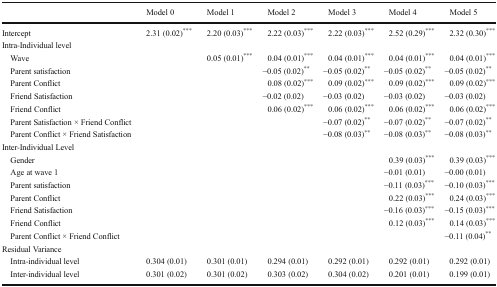
<table><thead><tr><td></td><td><b>Model 0</b></td><td><b>Model 1</b></td><td><b>Model 2</b></td><td><b>Model 3</b></td><td><b>Model 4</b></td><td><b>Model 5</b></td></tr></thead><tbody><tr><td>Intercept</td><td>2.31 (0.02)<sup>***</sup></td><td>2.20 (0.03)<sup>***</sup></td><td>2.22 (0.03)<sup>***</sup></td><td>2.22 (0.03)<sup>***</sup></td><td>2.52 (0.29)<sup>***</sup></td><td>2.32 (0.30)<sup>***</sup></td></tr><tr><td colspan="7">Intra-Individual level</td></tr><tr><td> Wave</td><td></td><td>0.05 (0.01)<sup>***</sup></td><td>0.04 (0.01)<sup>***</sup></td><td>0.04 (0.01)<sup>***</sup></td><td>0.04 (0.01)<sup>***</sup></td><td>0.04 (0.01)<sup>***</sup></td></tr><tr><td> Parent satisfaction</td><td></td><td></td><td>−0.05 (0.02)<sup>**</sup></td><td>−0.05 (0.02)<sup>**</sup></td><td>−0.05 (0.02)<sup>**</sup></td><td>−0.05 (0.02)<sup>**</sup></td></tr><tr><td> Parent Conflict</td><td></td><td></td><td>0.08 (0.02)<sup>***</sup></td><td>0.09 (0.02)<sup>***</sup></td><td>0.09 (0.02)<sup>***</sup></td><td>0.09 (0.02)<sup>***</sup></td></tr><tr><td> Friend Satisfaction</td><td></td><td></td><td>−0.02 (0.02)</td><td>−0.03 (0.02)</td><td>−0.03 (0.02)</td><td>−0.03 (0.02)</td></tr><tr><td> Friend Conflict</td><td></td><td></td><td>0.06 (0.02)<sup>***</sup></td><td>0.06 (0.02)<sup>***</sup></td><td>0.06 (0.02)<sup>***</sup></td><td>0.06 (0.02)<sup>***</sup></td></tr><tr><td> Parent Satisfaction × Friend Conflict</td><td></td><td></td><td></td><td>−0.07 (0.02)<sup>**</sup></td><td>−0.07 (0.02)<sup>**</sup></td><td>−0.07 (0.02)<sup>**</sup></td></tr><tr><td> Parent Conflict × Friend Satisfaction</td><td></td><td></td><td></td><td>−0.08 (0.03)<sup>**</sup></td><td>−0.08 (0.03)<sup>**</sup></td><td>−0.08 (0.03)<sup>**</sup></td></tr><tr><td colspan="7">Inter-Individual Level</td></tr><tr><td> Gender</td><td></td><td></td><td></td><td></td><td>0.39 (0.03)<sup>***</sup></td><td>0.39 (0.03)<sup>***</sup></td></tr><tr><td> Age at wave 1</td><td></td><td></td><td></td><td></td><td>−0.01 (0.01)</td><td>−0.00 (0.01)</td></tr><tr><td> Parent satisfaction</td><td></td><td></td><td></td><td></td><td>−0.11 (0.03)<sup>***</sup></td><td>−0.10 (0.03)<sup>***</sup></td></tr><tr><td> Parent Conflict</td><td></td><td></td><td></td><td></td><td>0.22 (0.03)<sup>***</sup></td><td>0.24 (0.03)<sup>***</sup></td></tr><tr><td> Friend Satisfaction</td><td></td><td></td><td></td><td></td><td>−0.16 (0.03)<sup>***</sup></td><td>−0.15 (0.03)<sup>***</sup></td></tr><tr><td> Friend Conflict</td><td></td><td></td><td></td><td></td><td>0.12 (0.03)<sup>***</sup></td><td>0.14 (0.03)<sup>***</sup></td></tr><tr><td> Parent Conflict × Friend Conflict</td><td></td><td></td><td></td><td></td><td></td><td>−0.11 (0.04)<sup>**</sup></td></tr><tr><td colspan="7">Residual Variance</td></tr><tr><td> Intra-individual level</td><td>0.304 (0.01)</td><td>0.301 (0.01)</td><td>0.294 (0.01)</td><td>0.292 (0.01)</td><td>0.292 (0.01)</td><td>0.292 (0.01)</td></tr><tr><td> Inter-individual level</td><td>0.301 (0.02)</td><td>0.301 (0.02)</td><td>0.303 (0.02)</td><td>0.304 (0.02)</td><td>0.201 (0.01)</td><td>0.199 (0.01)</td></tr></tbody></table>